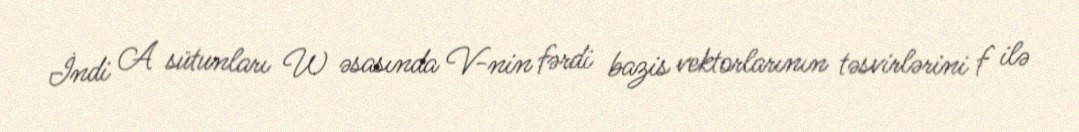
İndi A sütunları W əsasında V-nin fərdi bazis vektorlarının təsvirlərini f ilə